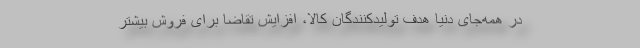
در همه‌جای دنیا هدف تولیدکنندگان کالا، افزایش تقاضا برای فروش بیشتر